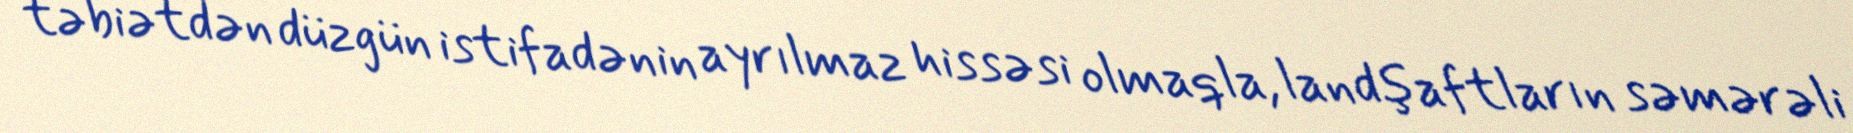
təbiətdən düzgün istifadənin ayrılmaz hissəsi olmaqla, landşaftların səmərəli